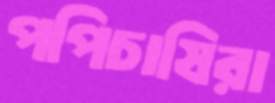
পপিচাষিরা